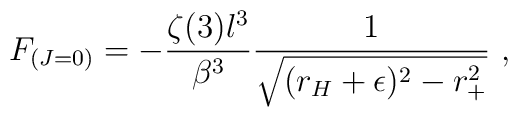
F_{(J=0)} =  - \frac{\zeta(3) l^3}{\beta^3}             \frac{1}{\sqrt{(r_H +\epsilon)^2-r_+^2} }~,